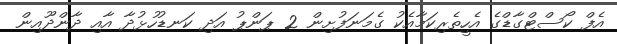
އެފް ކޯސްޓްގާޑްގެ އެހީތެރިކަމާއެކު ގެމަނަފުށިން 2 ޕަންޕު އަދި ކަނޑުހުޅުދާ އާއި ދާންދޫއިން